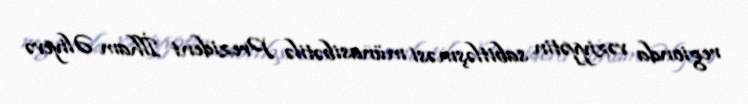
regionda vəziyyətin sabitləşməsi münasibətilə Prezident İlham Əliyevə